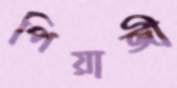
পিয়াজী